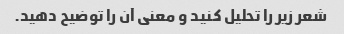
شعر زیر را تحلیل کنید و معنی آن را توضیح دهید.